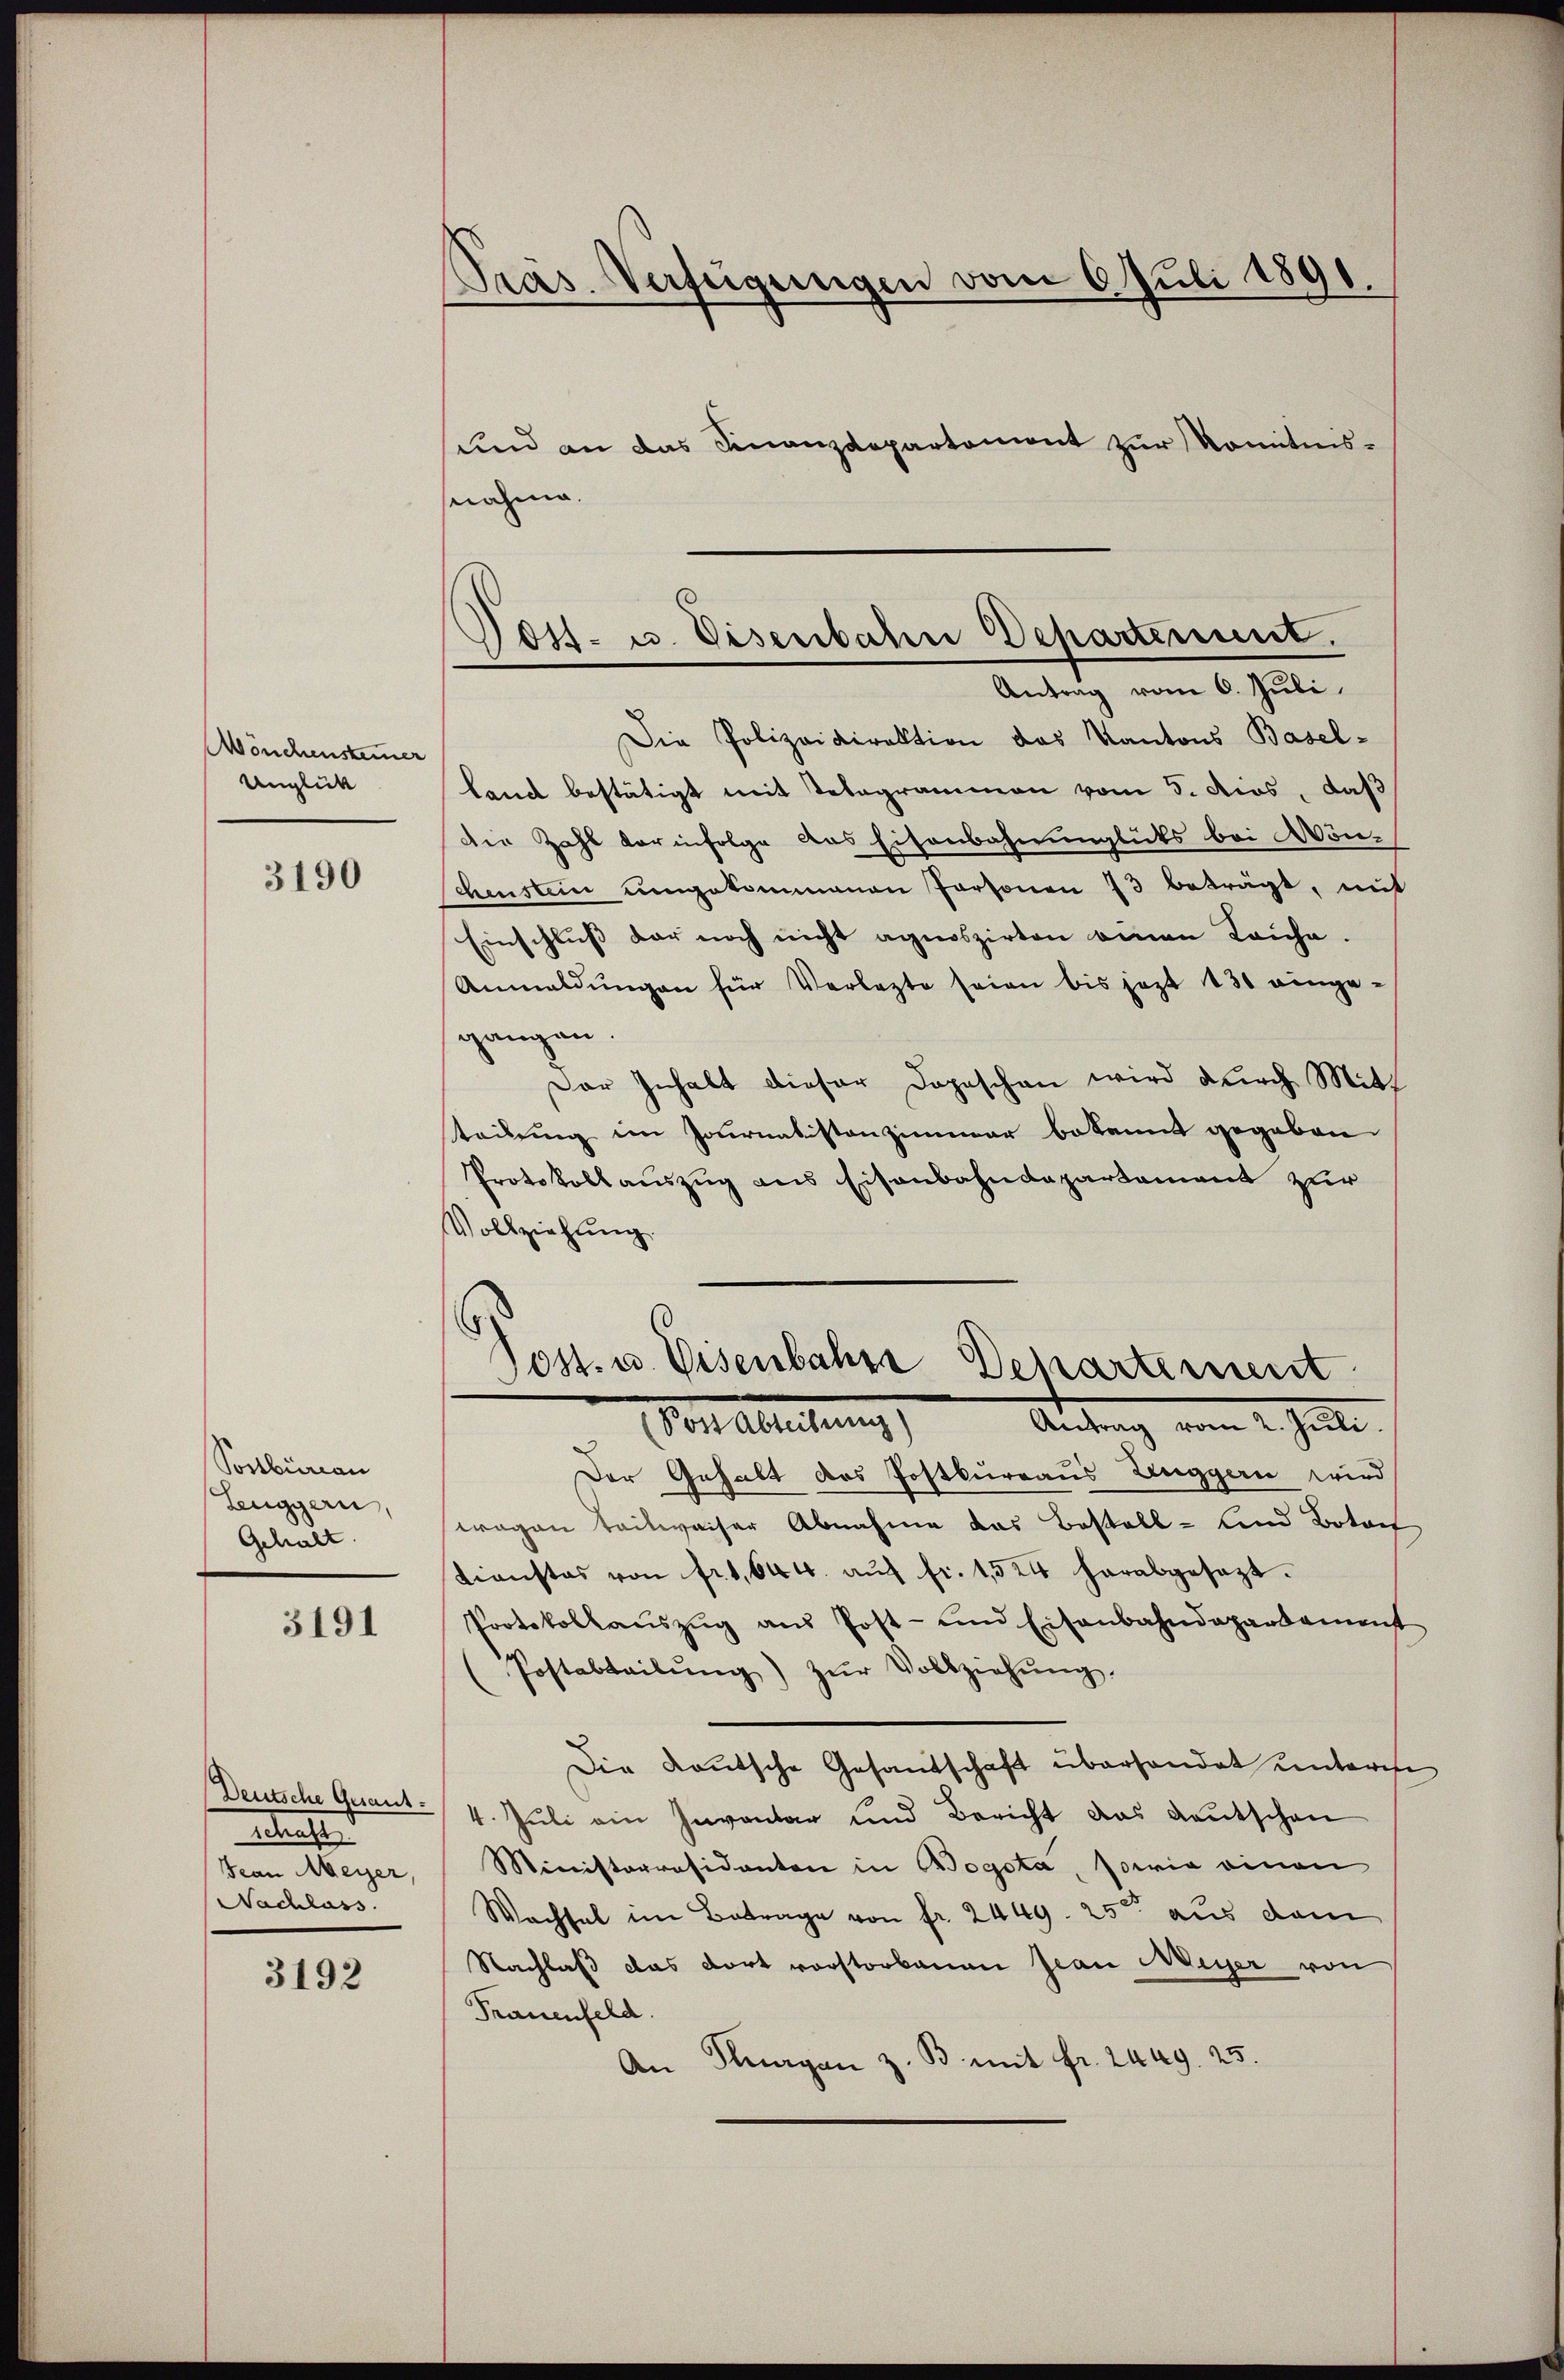
Mönchensteiner
Unglück

3190

Postbureau
Leuggern,
Gehalt

3191

und an das Finanzdepartement zur Komitnis-
snahme.

Deutsche Gerant.
Betrachte
Frau Meyer,
Nachlass

3192

Pras. Verfügungen vom 6. Juli 1891.

Die Polizeidirektion das Kantons Basel-
Land bestätigt mit Telegrammen vom 5. dies, daß
die Zahl vor infolge das Eisenbahnunglüks bei Wön¬
Schenstein umgekommenen Personen 73 beträgt, mit
Einschluß der noch nicht agnoszirten einen Lauche.
Anmeldŭngen für Verlegte seien bis jezt 130 einge-
gangen.
Der Inhalt dieser Dopeschen wird durch Mitt
teilung im Journalistenzimmer bekannt gegeben.
Protokollauszug aus Eisenbahndepartament zur
Vollziehung
Der Gehalt des Postbureaus Zinggern wird
wegen teilweiser Abnahme das Bestall- und Botantienstes von fr1,644. aŭf fr. 1524 herabgesezt.
Protokollaŭszŭg aŭs Post- und Eisenbahndepartament
Postabteilŭng zŭr Vollziehŭng.
Die Kautsche Gesandschaft überhandet unterse
4. Juli ein Inventar und Bericht das Kaŭtschen
Ministerräsidenten in Bogota, sowie einen
Wachsel im Betrage von fr. 2449. 25ten aus dem
Nachlaß das dort vorstorbenen Jean Meyer von
Trauenfeld.
An Flurgen z. B. mit fr. 2449. 25.

Post- u. Eisenbahn Departement.
Antrag vom 6. Juli

6
Post. u. Eisenbahre Departement
(Post Abteilung)
Altung vom 2. Juli